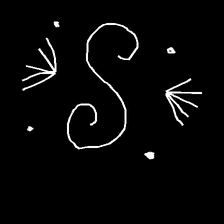
Glyph: aeroform